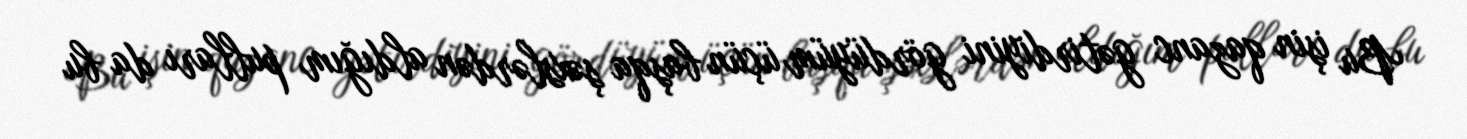
Bu işin qazanc gətirdiyini gördüyüm üçün başqa şəxslərdən aldığım pulları da bu